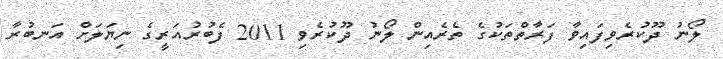
ލޯނު ދޫކުރެވިފައިވާ ފަރާތްތަކުގެ ތެރެއިން ލޯނު ދޫކުރެވި 2011 ފެބުރުއަރީގެ ނިޔަލަށް އަނބުރާ